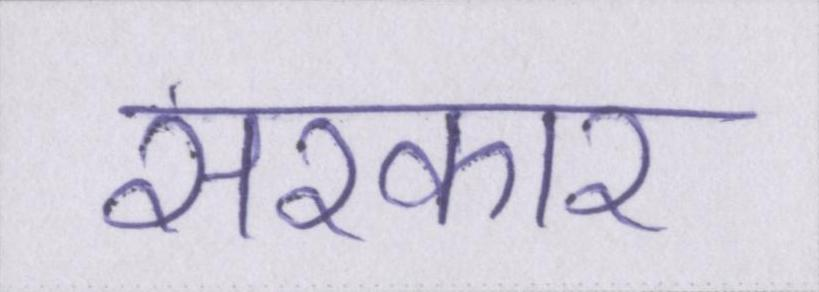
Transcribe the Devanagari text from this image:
सरकार